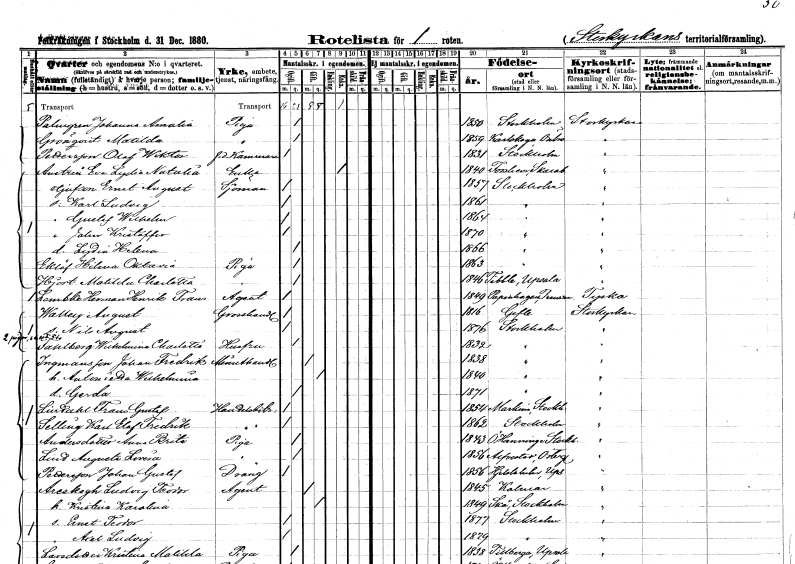
gt_parse: households: individuals: FN: Johanna Amalia
EN: Palmgren
YRKE: Piga
KON: K
CIV: O
FODAR: 1850
FODFORS: Stockholm
FN: Matilda
EN: Grönqvist
YRKE: Piga
KON: K
CIV: O
FODAR: 1859
FODFORS: Karlskoga Örebro län
FN: Olof Wiktor
EN: Pettersson
YRKE: Kamrerare f.d.
KON: M
CIV: O
FODAR: 1831
FODFORS: Stockholm
FN: Eva Lydia Nutalia
EN: Anstrin
YRKE: Änka
KON: K
CIV: E
FODAR: 1840
FODFORS: Forshem Skaraborgs län
FN: Ernst August
YRKE: Sjöman
KON: M
CIV: O
FODAR: 1851
FODFORS: Stockholm
FN: Karl Ludvig
KON: M
CIV: O
FODAR: 1861
FODFORS: Stockholm
FN: Gustaf Wilhelm
KON: M
CIV: O
FODAR: 1864
FODFORS: Stockholm
FN: John Kristoffer
KON: M
CIV: O
FODAR: 1870
FODFORS: Stockholm
FN: Lydia Helena
KON: K
CIV: O
FODAR: 1866
FODFORS: Stockholm
FN: Hilma Oktavia
EN: Eklöf
YRKE: Piga
KON: K
CIV: O
FODAR: 1863
FODFORS: Stockholm
FN: Matilda Charlotta
EN: Hjort
YRKE: Piga
KON: K
CIV: O
FODAR: 1846
FODFORS: Tibble Uppsala län
FN: Herman Henrik Frans
EN: Lambke
YRKE: Agent
KON: M
CIV: O
FODAR: 1849
FN: August
EN: Walley
YRKE: Grosshandlare
KON: M
CIV: O
FODAR: 1816
FODFORS: Gävle Gävleborgs län
FN: Nils August
KON: M
CIV: O
FODAR: 1876
FODFORS: Stockholm
FN: Wilhelmina Charlotta
EN: Fahlberg
YRKE: Husfru
KON: K
CIV: O
FODAR: 1832
FODFORS: Stockholm
FN: Johan Fredrik
EN: Ingmansson
YRKE: Minuthandlare
KON: M
CIV: G
FODAR: 1838
FODFORS: Stockholm
FN: Antoinetta Wilhelmina
KON: K
CIV: G
FODAR: 1840
FODFORS: Stockholm
FN: Gerda
KON: K
CIV: O
FODAR: 1871
FODFORS: Stockholm
FN: Frans Gustaf
EN: Lindahl
YRKE: Handelsbiträde
KON: M
CIV: O
FODAR: 1854
FODFORS: Markim Stockholms län
FN: Karl Elof Fredrik
EN: Selling
YRKE: Handelsbiträde
KON: M
CIV: O
FODAR: 1862
FODFORS: Stockholm
FN: Anna Brita
EN: Andersdotter
YRKE: Piga
KON: K
CIV: O
FODAR: 1843
FODFORS: Österhaninge Stockholms län
FN: Augusta Lovisa
EN: Lind
YRKE: Piga
KON: K
CIV: O
FODAR: 1856
FODFORS: Alvesta Kronobergs län
FN: Johan Gustaf
EN: Pettersson
YRKE: Dräng
KON: M
CIV: O
FODAR: 1856
FODFORS: Hjälsta Uppsala län